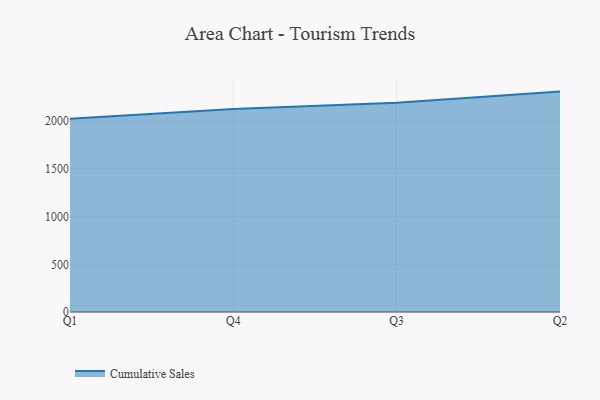
{"axis": {"x": "Quarter", "y": "Inventory Turnover"}, "legend": ["Cumulative Sales"], "data": [{"x": "Q1", "y": 2026.6, "type": "Cumulative Sales"}, {"x": "Q4", "y": 2129.6, "type": "Cumulative Sales"}, {"x": "Q3", "y": 2194.1, "type": "Cumulative Sales"}, {"x": "Q2", "y": 2310.9, "type": "Cumulative Sales"}]}